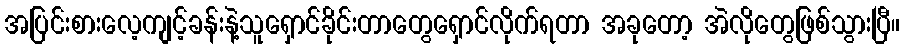
အပြင်းစားလေ့ကျင့်ခန်းနဲ့သူရှောင်ခိုင်းတာတွေရှောင်လိုက်ရတာ အခုတော့ အဲလိုတွေဖြစ်သွားပြီ။